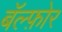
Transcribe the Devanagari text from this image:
बॅल्फ़ोर